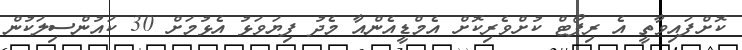
ކޮށްފައިވާތީ އެ ރިޕޯޓް ކުށްވެރިކޮށް އެމްޑީއެންއާ މެދު ފިޔަވަޅު އެޅުމަށް 30 ކައުންސިލަކުން